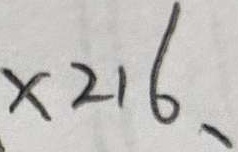
\times 2 1 6 、